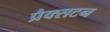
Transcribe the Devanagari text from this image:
प्रैक्सटन